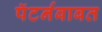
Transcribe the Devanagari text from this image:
पॅटर्नबाबत